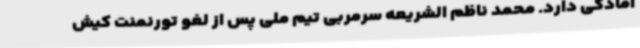
آمادگی دارد. محمد ناظم الشریعه سرمربی تیم ملی پس از لغو تورنمنت کیش